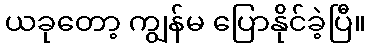
ယခုတော့ ကျွန်မ ပြောနိုင်ခဲ့ပြီ။